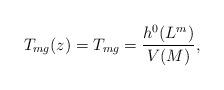
LaTeX: \begin{align*}T_{mg}(z)=T_{mg}=\frac{h^{0}(L^m)}{V(M)},\end{align*}